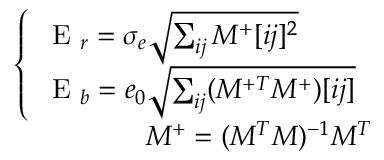
\begin{array} { r } { \left\{ \begin{array} { l } { \textrm { E } _ { r } = \sigma _ { e } \sqrt { \sum _ { i j } M ^ { + } [ i j ] ^ { 2 } } } \\ { \textrm { E } _ { b } = e _ { 0 } \sqrt { \sum _ { i j } ( M ^ { + T } M ^ { + } ) [ i j ] } } \end{array} \right. } \\ { M ^ { + } = ( M ^ { T } M ) ^ { - 1 } M ^ { T } } \end{array}